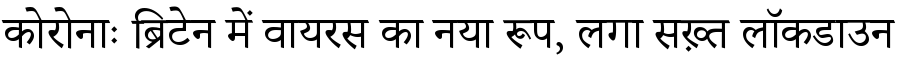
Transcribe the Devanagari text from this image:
कोरोनाः ब्रिटेन में वायरस का नया रूप, लगा सख़्त लॉकडाउन